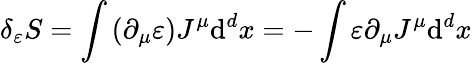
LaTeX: \delta_{\varepsilon}S=\int\left(\partial_{\mu}\varepsilon\right)J^{\mu}\mathrm{d}^{d}x=-\int\varepsilon\partial_{\mu}J^{\mu}\mathrm{d}^{d}x